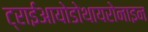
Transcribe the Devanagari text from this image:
ट्राईआयोडोथायरोनाइन